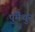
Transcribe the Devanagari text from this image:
पुंमैथुन